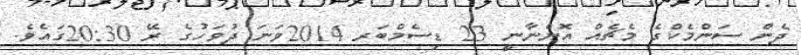
ދެން ސަންމެކްގެ މެޗެއް އޮންނާނީ 23 ޑިސެމްބަރ 2014ވަނަ ދުވަހުގެ ރޭ 20:30ގައެވެ.